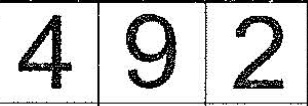
4 9 2